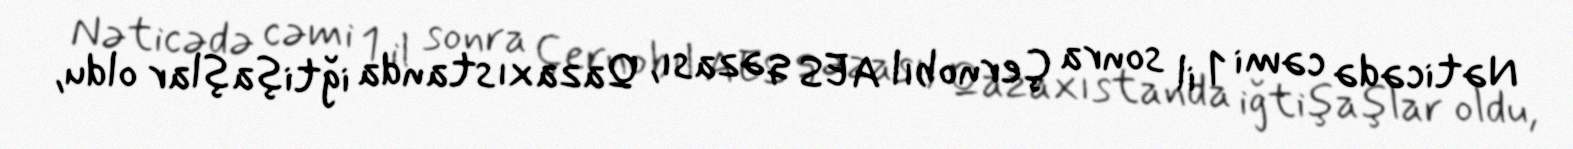
Nəticədə cəmi 1 il sonra Çernobıl AES qəzası, Qazaxıstanda iğtişaşlar oldu,